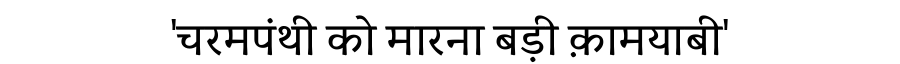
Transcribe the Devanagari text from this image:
'चरमपंथी को मारना बड़ी क़ामयाबी'